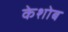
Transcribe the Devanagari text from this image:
केशोब